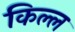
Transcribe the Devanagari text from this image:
किल्ल